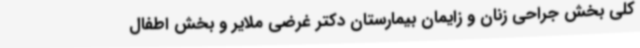
کلی بخش جراحی زنان و زایمان بیمارستان دکتر غرضی ملایر و بخش اطفال